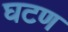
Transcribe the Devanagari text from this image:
घटण